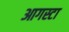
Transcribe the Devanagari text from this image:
आगस्टा